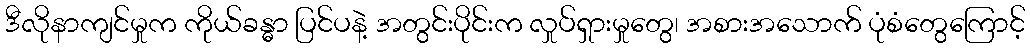
ဒီလိုနာကျင်မှုက ကိုယ်ခန္ဓာ ပြင်ပနဲ့ အတွင်းပိုင်းက လှုပ်ရှားမှုတွေ၊ အစားအသောက် ပုံစံတွေကြောင့်